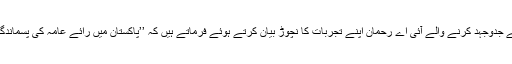
پاکستان میں ستر برس سے انسانی حقوق کے لئے جدوجہد کرنے والے آئی اے رحمان اپنے تجربات کا نچوڑ بیان کرتے ہوئے فرماتے ہیں کہ ’’پاکستان میں رائے عامہ کی پسماندگی عورتوں کے حقوق کی زنجیر سے بندھی ہے۔